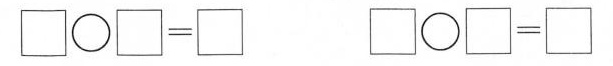
$$\Box \circ \Box ＝ \Box $$ $$\Box \circ \Box ＝ \Box $$